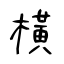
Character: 橫